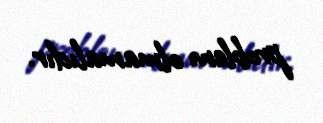
problem olmamalıdır.